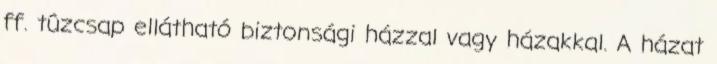
ff. tûzcsap ellátható biztonsági házzal vagy házakkal. A házat